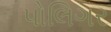
પોલિગર